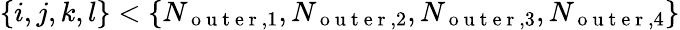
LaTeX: \{ i,j,k,l\} <\{ N_{\mathrm{~o~u~t~e~r~},1},N_{\mathrm{~o~u~t~e~r~},2},N_{\mathrm{~o~u~t~e~r~},3},N_{\mathrm{~o~u~t~e~r~},4}\}